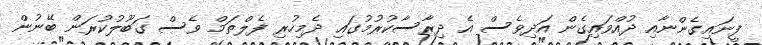
ފީނައިގެންނާއި ދުއްވައިގެން އަދިވެސް އެ ދިރާސާކުރުމުގައި ދެމިހުރި ފެލްތަމް ވެސް ގަބޫލުކުރަން ބޭނުން